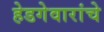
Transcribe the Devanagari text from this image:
हेडगेवारांचे